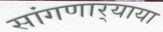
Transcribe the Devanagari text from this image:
सांगणार्‍याया